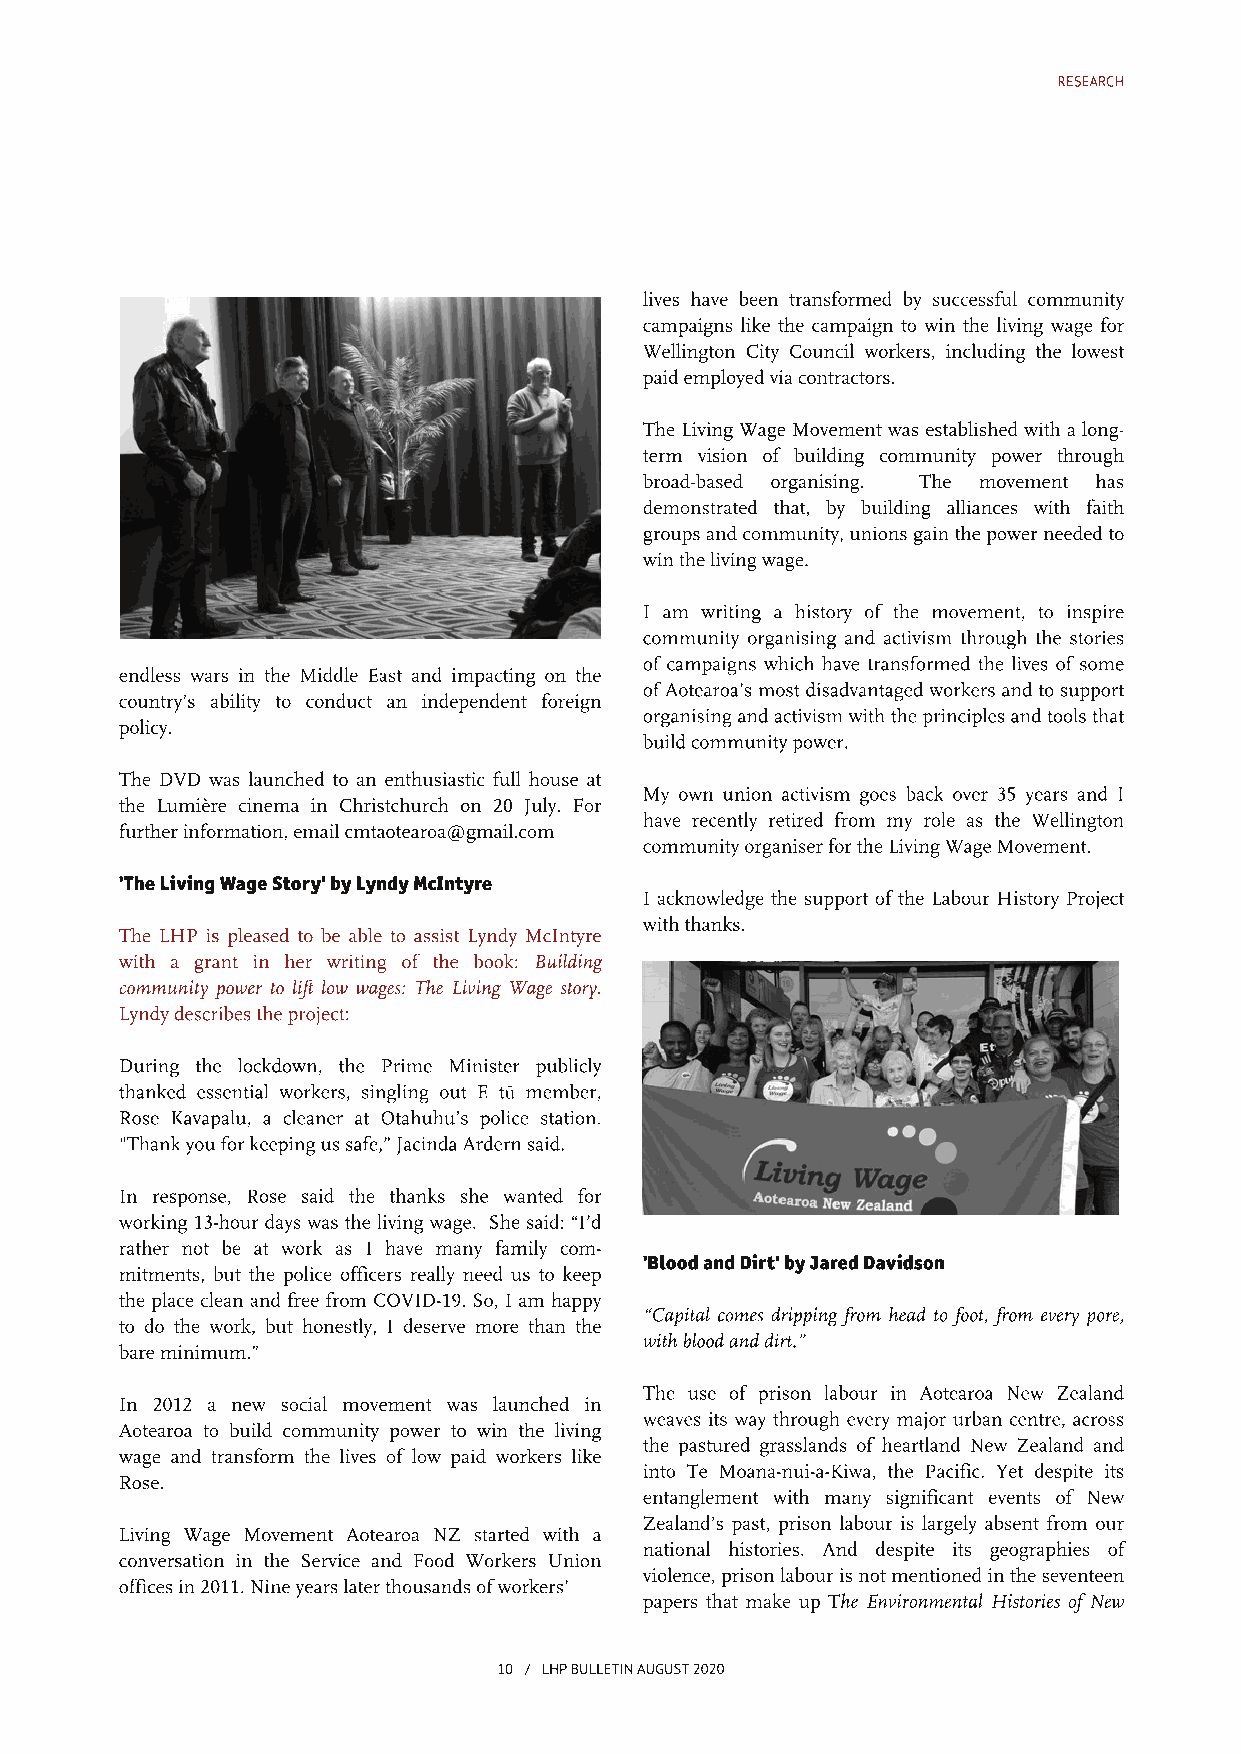
RESEARCH
 lives have been transformed by successful community
 campaigns like the campaign to win the living wage for
 Wellington City Council workers, including the lowest
 paidemployedviacontractors.
 The Living Wage Movementwas establishedwith a long-
 term vision of building community power through
 broad-based organising. The movement has
 demonstrated that, by building alliances with faith
 groups andcommunity, unions gainthepowerneededto
 winthelivingwage.
 I am writing a history of the movement, to inspire
 community organising and activism through the stories
 ofcampaigns which have transformed the lives ofsome
 endless wars in the Middle East and impacting on the
 ofAotearoa’s mostdisadvantagedworkers andto support
 country’s ability to conduct an independent foreign
 organisingandactivismwiththeprinciples andtools that
 policy.
 buildcommunitypower.
 The DVD was launched to an enthusiastic full house at
 My own union activism goes back over 35 years and I
 the Lumière cinema in Christchurch on 20 July. For
 have recently retired from my role as the Wellington
 furtherinformation,emailcmtaotearoa@gmail.com
 communityorganiserfortheLivingWageMovement.
 'TheLivingWageStory'byLyndyMcIntyre
 I acknowledge the support ofthe Labour History Project
 withthanks.
 The LHP is pleased to be able to assist Lyndy McIntyre
 with a grant in her writing of the book: Building
 community power to lift low wages: The Living Wage story.
 Lyndydescribestheproject:
 During the lockdown, the Prime Minister publicly
 thanked essential workers, singling out E tū member,
 Rose Kavapalu, a cleaner at Otahuhu’s police station.
 "Thankyouforkeepingussafe,”JacindaArdernsaid.
 In response, Rose said the thanks she wanted for
 working 13-hourdays was the living wage. She said: “I’d
 rather not be at work as I have many family com-
 'BloodandDirt'byJaredDavidson
 mitments, but the police officers really need us to keep
 the place clean and free from COVID-19. So, I am happy
 “Capital comes dripping from head to foot, from every pore,
 to do the work, but honestly, I deserve more than the
 withbloodanddirt.”
 bareminimum.”
 The use of prison labour in Aotearoa New Zealand
 In 2012 a new social movement was launched in
 weaves its way through every major urban centre, across
 Aotearoa to build community power to win the living
 the pastured grasslands of heartland New Zealand and
 wage and transform the lives of low paid workers like
 into Te Moana-nui-a-Kiwa, the Pacific. Yet despite its
 Rose.
 entanglement with many significant events of New
 Zealand’s past, prison labour is largely absent from our
 Living Wage Movement Aotearoa NZ started with a
 national histories. And despite its geographies of
 conversation in the Service and Food Workers Union
 violence, prisonlabouris notmentionedintheseventeen
 officesin2011. Nineyearslaterthousandsofworkers’
 papers that make up The Environmental Histories ofNew
 10 / LHPBULLETINAUGUST2020